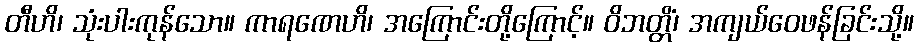
တီဟိ၊ သုံးပါးကုန်သော။ ကာရဏေဟိ၊ အကြောင်းတို့ကြောင့်။ ဝိဘတ္တိံ၊ အကျယ်ဝေဖန်ခြင်းသို့။